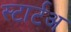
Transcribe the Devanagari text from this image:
स्टार्टअ